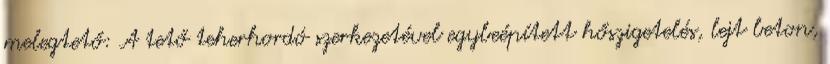
melegtető: A tető teherhordó szerkezetével egybeépített hőszigetelés, lejt beton,